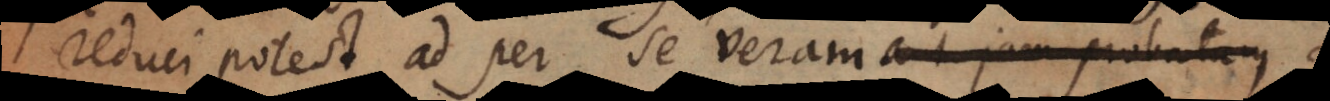
reduci potest ad per se veram, aut jam probata